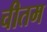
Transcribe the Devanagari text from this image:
चीतम